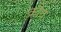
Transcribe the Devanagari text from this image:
क्रौय